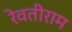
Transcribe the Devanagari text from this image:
रेवतीराम